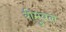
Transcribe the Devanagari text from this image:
रीमुवल